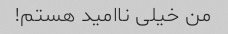
من خیلی ناامید هستم!